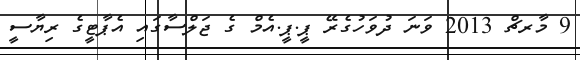
9 މާރޗް 2013 ވަނަ ދުވަހުގެރޭ ޕީ.ޕީ.އެމް ގެ ޖަލްސާގައި އެޕާޓީގެ ރިޔާސީ